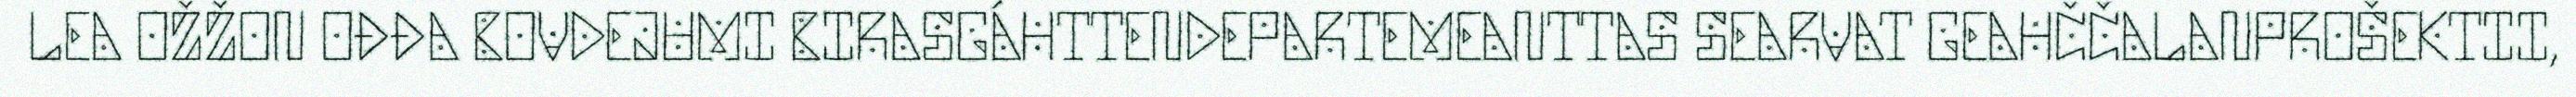
LEA OŽŽON OĐĐA BOVDEJUMI BIRASGÁHTTENDEPARTEMEANTTAS SEARVAT GEAHČČALANPROŠEKTII,